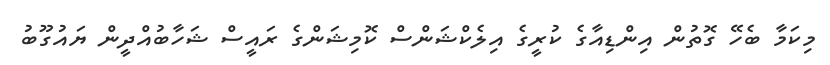
މިކަމާ ބެހޭ ގޮތުން އިންޑިއާގެ ކުރީގެ އިލެކްޝަންސް ކޮމިޝަންގެ ރައީސް ޝަހާބުއްދީން ޔައުގޫބު